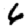
Digit: 6